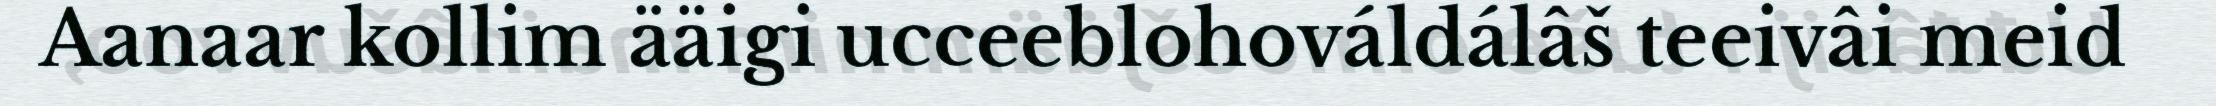
Aanaar kollim ääigi ucceeblohováldálâš teeivâi meid